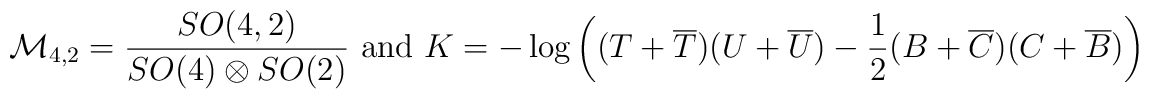
{\cal M}_{4,2} =   \frac{SO(4,2)}{SO(4) \otimes SO(2)}\mbox{  and  }K = - \log \left( (T+\overline{T})(U + \overline{U}) - \frac{1}{2}(B + \overline{C})(C + \overline{B}) \right)